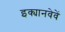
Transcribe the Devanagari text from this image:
इक्यानवेवें